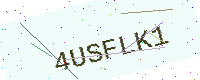
Text: 4USFLK1